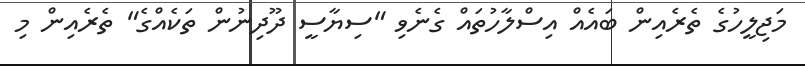
މަޖިލީހުގެ ތެރެއިން ބައެއް އިސްލާހުތައް ގެނެވި "ސިޔާސީ ދޫދިނުން ތަކެއްގެ" ތެރެއިން މި